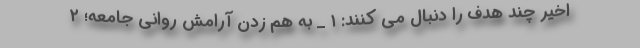
اخیر چند هدف را دنبال می کنند: ۱ _ به هم زدن آرامش روانی جامعه؛ ۲